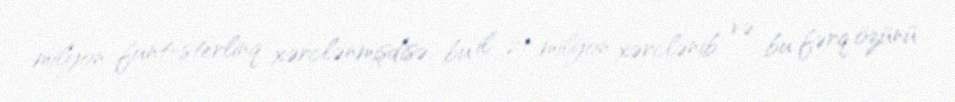
milyon funt-sterlinq xərclənmişdisə, bu il 21 milyon xərclənib və bu fərq özünü